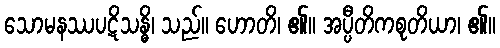
သောမနဿပဋိသန္ဓိ၊ သည်။ ဟောတိ၊ ၏။ အပ္ပီတိကစုတိယာ၊ ၏။